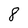
Character: 8